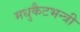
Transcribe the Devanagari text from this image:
मधुकैटभन्त्री